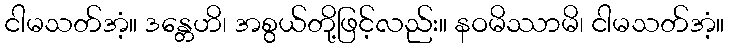
ငါမသတ်အံ့။ ဒန္တေဟိ၊ အစွယ်တို့ဖြင့်လည်း။ နဝမိဿာမိ၊ ငါမသတ်အံ့။